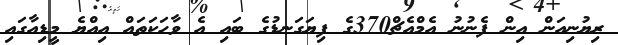
ރިޔުނިއަން އިން ފެނުނު އެމްއެޗް370ގެ ފިޔަގަނޑުގެ ބައި އެ ވާހަކަތައް އިއްޔެ މީޑިއާގައި